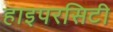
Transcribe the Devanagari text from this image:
हाइपरसिटी